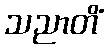
သညာတိံ